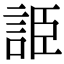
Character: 𧧰